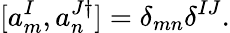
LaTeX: [a_{m}^{I},a_{n}^{J\dagger}]=\delta_{mn}\delta^{IJ}.